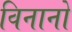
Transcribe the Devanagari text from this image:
विनानो